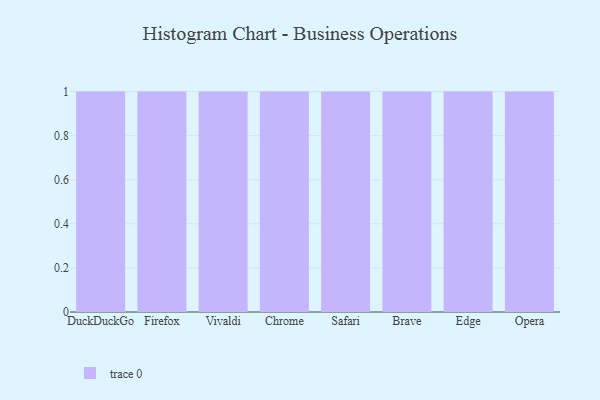
{"axis": {"x": "Browser", "y": "Waste Production (Tons)"}, "legend": [""], "data": [{"x": "DuckDuckGo", "y": 68, "type": ""}, {"x": "Firefox", "y": 55, "type": ""}, {"x": "Vivaldi", "y": 41, "type": ""}, {"x": "Chrome", "y": 50, "type": ""}, {"x": "Safari", "y": 19, "type": ""}, {"x": "Brave", "y": 68, "type": ""}, {"x": "Edge", "y": 56, "type": ""}, {"x": "Opera", "y": 31, "type": ""}]}